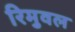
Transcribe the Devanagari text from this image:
रिमुवल